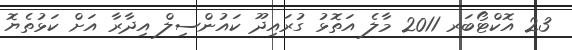
23 އޮކްޓޯބަރ 2011 މާލެ އަތޮޅު ގުރައިދޫ ކައުންސިލް އިދާރާ އަށް ކަޅުތެޔޮ